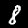
Label: 8